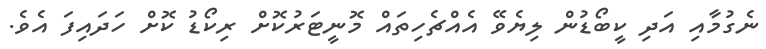
ނެގުމާއި އަދި ކީބޯޑުން ލިޔެވޭ އެއްޗެހިތައް މޮނީޓަރުކޮށް ރިކޯޑު ކޮށް ހަދައިފަ އެވެ.